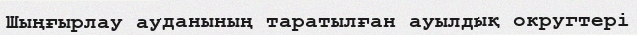
Шыңғырлау ауданының таратылған ауылдық округтері